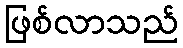
ဖြစ်လာသည်